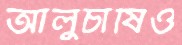
আলুচাষিও